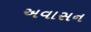
અવાસન